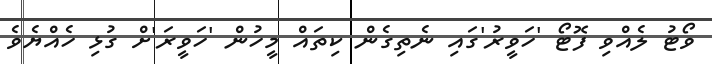
ވޯޓު ލެއްވި ފޮޓޯ 'ހަވީރު'ގައި ނެތިގެން ކިތައް މީހުން 'ހަވީރަ'ށް ގުޅި ހެއްޔެވެ